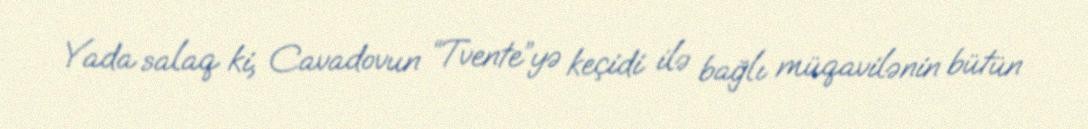
Yada salaq ki, Cavadovun “Tvente”yə keçidi ilə bağlı müqavilənin bütün